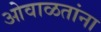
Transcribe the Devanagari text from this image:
ओवाळतांना